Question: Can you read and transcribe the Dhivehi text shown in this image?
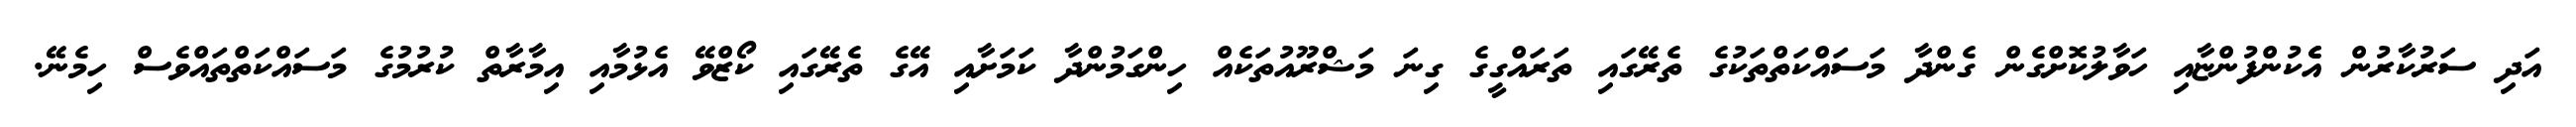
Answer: އަދި ސަރުކާރުން އެެކުންފުންޏާއި ހަވާލުކޮށްގެން ގެންދާ މަސައްކަތްތަކުގެ ތެރޭގައި ތަރައްގީގެ ގިނަ މަޝްރޫއުތަކެއް ހިންގަމުންދާ ކަމަށާއި އޭގެ ތެރޭގައި ކޯޒްވޭ އެޅުމާއި އިމާރާތް ކުރުމުގެ މަސައްކަތްތައްވެސް ހިމެނޭ.